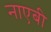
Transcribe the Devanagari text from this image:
नाएबी